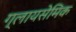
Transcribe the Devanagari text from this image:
ग्लायसेमिक